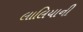
લાલિયાની